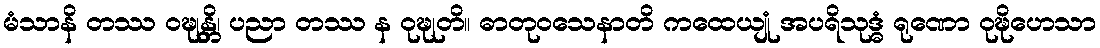
မံသာနိ တဿ ဝဍ္ဎုန္တိ၊ ပညာ တဿ န ဝုဍ္ဎုတိ။ ဓာတုဝသေနာတိ ကထေယျုံ အပရိသုဒ္ဓံ ရုဏော ဝုဍ္ဎိဟေသာ